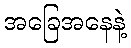
အခြေအနေနဲ့